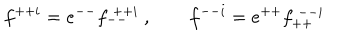
LaTeX: f ^ { + + i } = e ^ { -- } f _ { -- } ^ { ~ + + i } ~ , \qquad f ^ { -- i } = e ^ { + + } f _ { + + } ^ { ~ -- i }